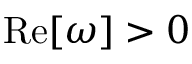
\mathrm { R e } [ \omega ] > 0